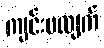
ကျင်းပလျက်